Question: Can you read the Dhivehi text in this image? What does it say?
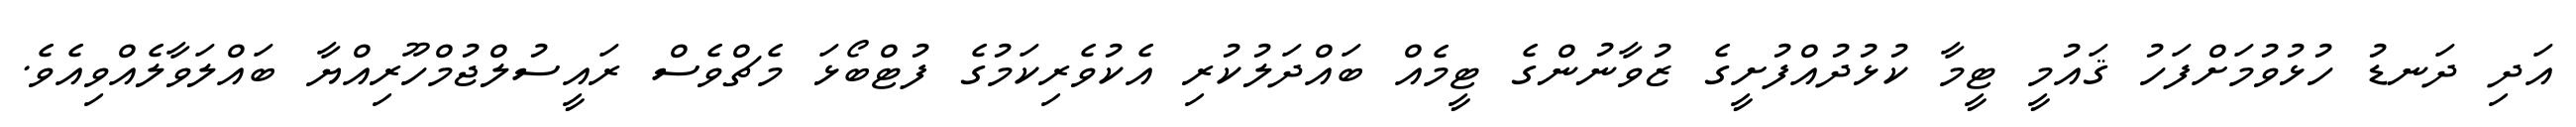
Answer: އަދި ދަނޑު ހުޅުވުމަށްފަހު ޤައުމީ ޓީމާ ކުޅުދުއްފުށީގެ ޒުވާނުންގެ ޓީމެއް ބައްދަލުކުރި އެކުވެރިކަމުގެ ފުޓްބޯޅަ މެޗްވެސް ރައީސުލްޖުމްހޫރިއްޔާ ބައްލަވާލެއްވިއެވެ.